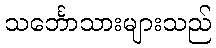
သင်္ဘောသားများသည်